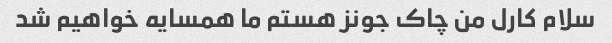
سلام کارل من چاک جونز هستم ما همسایه خواهیم شد